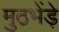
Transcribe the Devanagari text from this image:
मुठभेंड़े